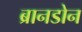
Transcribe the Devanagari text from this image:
ब्रानडोन